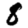
Digit: 8